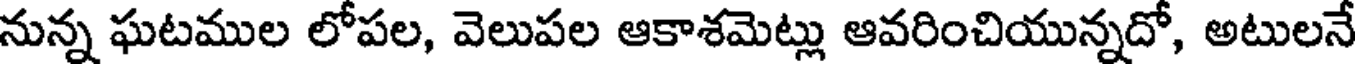
నున్న ఘటముల లోపల, వెలుపల ఆకాశమెట్లు ఆవరించియున్నదో, అటులనే